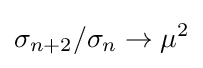
\sigma _{n+2}/\sigma _{n}\to \mu ^{2}